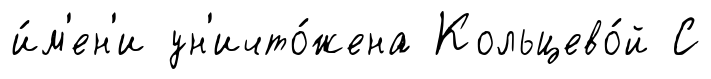
и́м'ен'и ун'ичто́жена Кольцево́й С